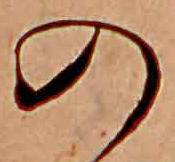
の